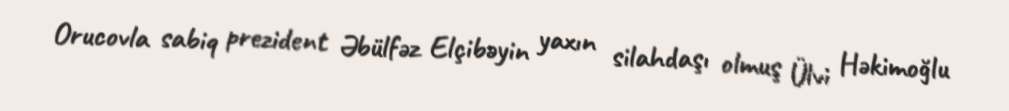
Orucovla sabiq prezident Əbülfəz Elçibəyin yaxın silahdaşı olmuş Ülvi Həkimoğlu